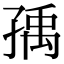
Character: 𡥶